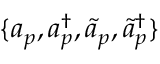
\{ a _ { p } , a _ { p } ^ { \dagger } , \tilde { a } _ { p } , \tilde { a } _ { p } ^ { \dagger } \}